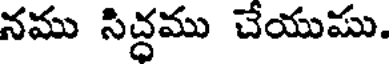
నము సిద్ధము చేయుము.